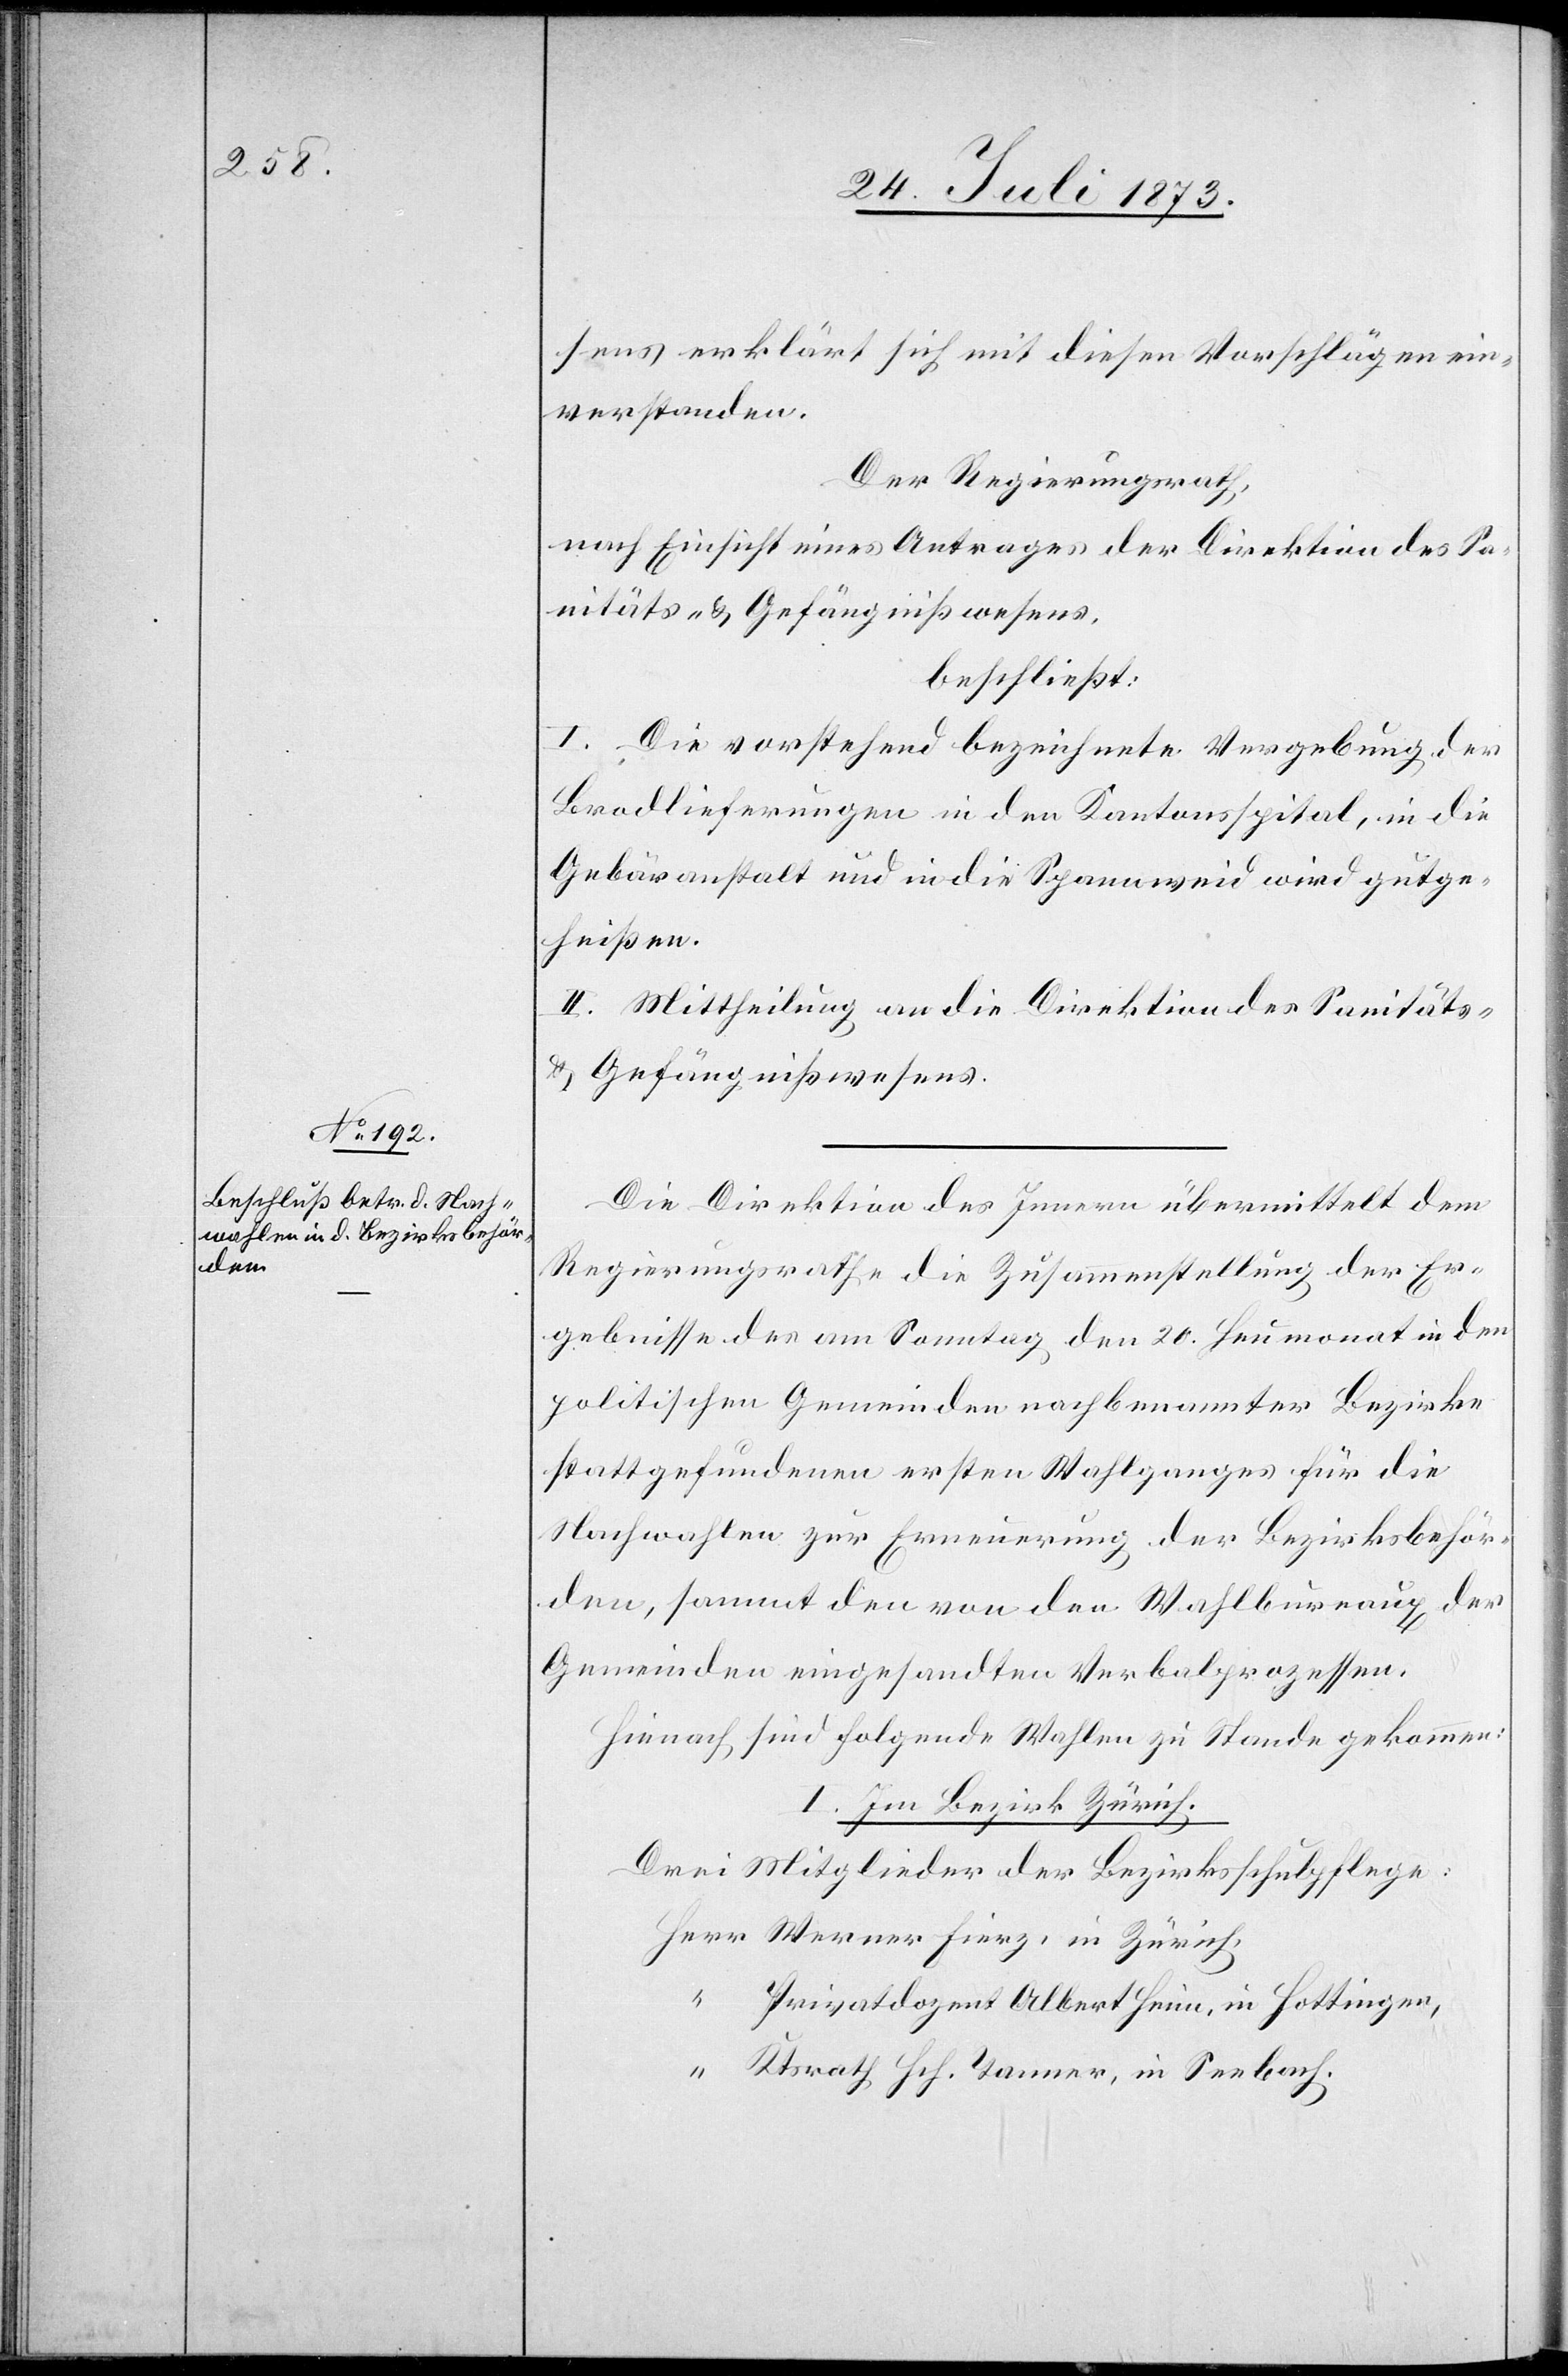
25. Juli 1873.]
sens erklärt sich mit diesen Vorschlägen ein¬
verstanden.
Der Regierungsrath,
nach Einsicht eines Antrages der Direktion des Sa¬
nitäts- & Gefängnißwesens,
beschließt:
I. Die vorstehend bezeichnete Vergebung der
Brodlieferungen in den Kantonsspital, in die
Gebäranstalt und in die Spannweid wird gutge¬
heißen.
II. Mittheilung an die Direktion des Sanitäts-
& Gefängnißwesens.
Die Direktion des Innern übermittelt dem
Regierungsrathe die Zusammenstellung der Er¬
gebnisse des am Sonntag den 20. Heumonat in den
politischen Gemeinden nachbenannter Bezirke
stattgefundenen ersten Wahlganges für die
Nachwahlen zur Erneuerung der Bezirksbehör¬
den, sammt den von den Wahlbureaux der
Gemeinden eingesandten Verbalprozessen.
Hienach sind folgende Wahlen zu Stande gekommen:
I. Im Bezirk Zürich.
Drei Mitglieder der Bezirksschulpflege:
Werner Fierz, in Zürich,
Privatdozent Albert Heim, in Hottingen,
Ktsrath Hch. Tanner, in Seebach.